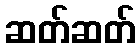
ဆတ်ဆတ်